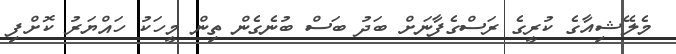
މެލޭޝިއާގެ ކުރީގެ ރަސްގެފާނަށް ބަދު ބަސް ބުނެގެން ތިން މީހަކު ހައްޔަރު ކޮށްފި